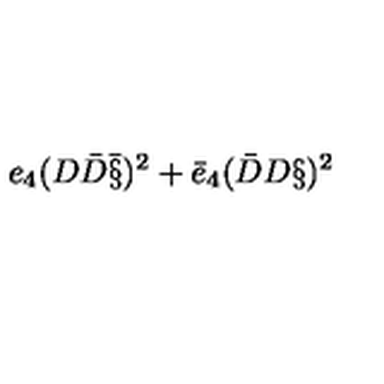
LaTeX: e _ { 4 } ( D \bar { D } \bar { \S } ) ^ { 2 } + \bar { e } _ { 4 } ( \bar { D } D \S ) ^ { 2 }